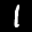
Label: 1